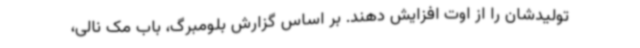
تولیدشان را از اوت افزایش دهند. بر اساس گزارش بلومبرگ، باب مک نالی،